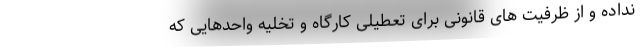
نداده و از ظرفیت های قانونی برای تعطیلی کارگاه و تخلیه واحدهایی که